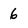
Character: 6